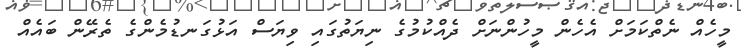
މީހެއް ނެތްކަމަށް އެހެން މީހުންނަށް ދެއްކުމުގެ ނިޔަތުގައި ވިޔަސް އަޅުގަނޑުމެންގެ ތެރޭން ބައެއް